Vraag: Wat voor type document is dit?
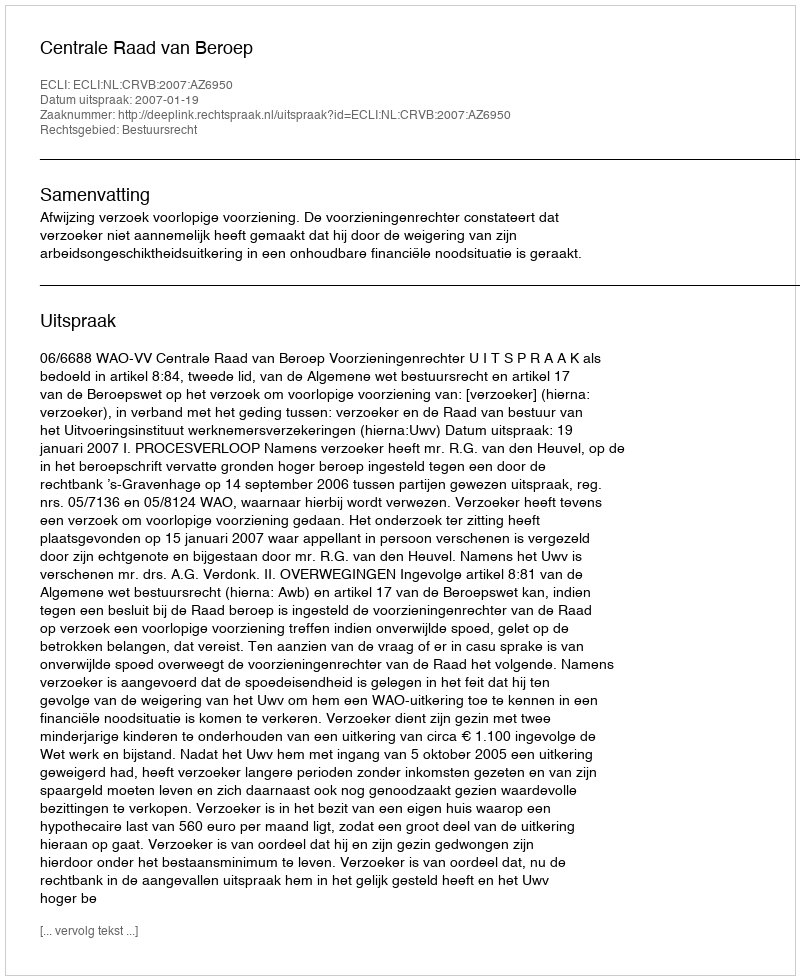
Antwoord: Uitspraak